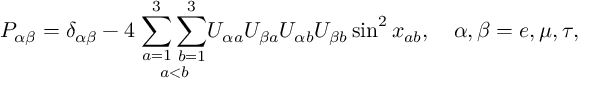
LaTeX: P _ { \alpha \beta } = \delta _ { \alpha \beta } - 4 \; \underset { a < b } { \sum _ { a = 1 } ^ { 3 } \sum _ { b = 1 } ^ { 3 } } U _ { \alpha a } U _ { \beta a } U _ { \alpha b } U _ { \beta b } \sin ^ { 2 } x _ { a b } , \quad \alpha , \beta = e , \mu , \tau ,